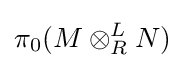
\pi _{0}(M\otimes _{R}^{L}N)